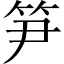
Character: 笋